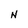
Character: N